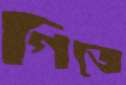
গিজে